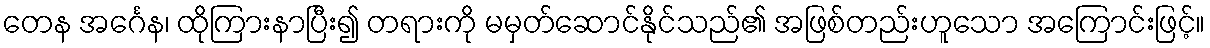
တေန အင်္ဂေန၊ ထိုကြားနာပြီး၍ တရားကို မမှတ်ဆောင်နိုင်သည်၏ အဖြစ်တည်းဟူသော အကြောင်းဖြင့်။